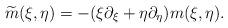
LaTeX: \begin{align*}\widetilde{m}(\xi,\eta) = -(\xi\partial_\xi +\eta \partial_\eta ) m(\xi,\eta).\end{align*}